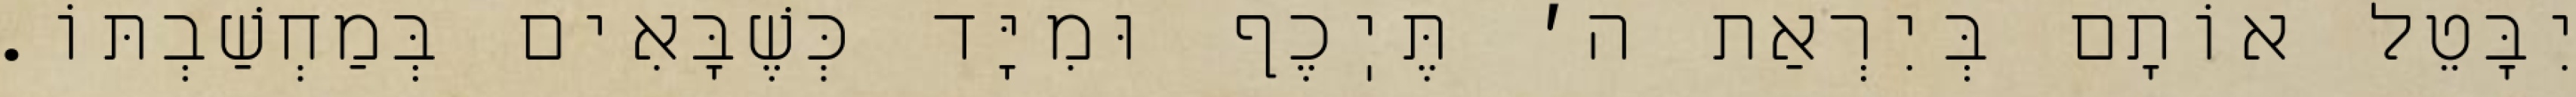
יִבָּטֵל אוֹתָם בְּיִרְאַת ה׳ תֶּיֽכֶף וּמִיָּד כְּשֶׁבָּאִים בְּמַחְשַׁבְתּוֹ.